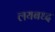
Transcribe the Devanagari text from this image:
लयबध्द